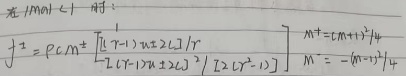
\[
\begin{align*}
f^{+}&=\rho c_{m}^{+}\left[\frac{(r - 1)\kappa_{2}c_{2L}}{r}\right]\\
M^{+}&=c_{m}^{+}+1/4\\
&\left[\frac{(r - 1)\kappa_{2}c_{2L}^{2}}{2(r - c_{1}^{2})}\right]\\
M^{-}&=-(m^{-})+1
\end{align*}
\]
（注：原图中“无Match时：”部分难以准确以标准数学公式形式呈现，上述仅对公式部分进行整理，且原图中部分字符含义不明确，仅按原样转录 ）